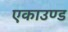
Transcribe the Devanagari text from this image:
एकाउण्ड